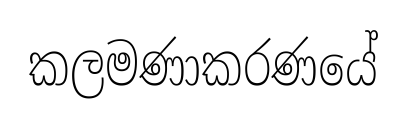
කලමණාකරණයේ